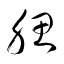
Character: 腮